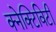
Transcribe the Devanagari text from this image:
क्नेक्टिविटी